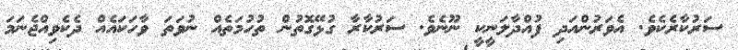
ސަރުކާރެކެވެ. އެވަރުންއަދި ފުއްދާލަނީކީ ނޫނެވެ. ސަރުކާރާ ގުޅޭގޮތުން ތުހުމަތެއް ނުވަތަ ވާހަކައެއް ދެކެވިއްޖެނަމަ